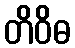
တိဝိဓ